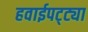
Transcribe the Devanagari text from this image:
हवाईपट्ट्या